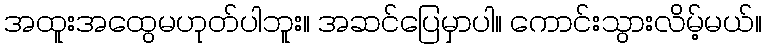
အထူးအထွေမဟုတ်ပါဘူး။ အဆင်ပြေမှာပါ။ ကောင်းသွားလိမ့်မယ်။